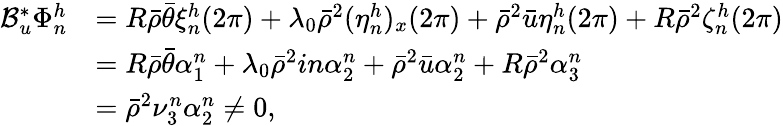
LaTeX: \begin{array}{rl}{\mathcal{B}_{u}^{*}\Phi_{n}^{h}}&{=R\bar{\rho}\bar{\theta}\xi_{n}^{h}(2\pi)+\lambda_{0}\bar{\rho}^{2}(\eta_{n}^{h})_{x}(2\pi)+\bar{\rho}^{2}\bar{u}\eta_{n}^{h}(2\pi)+R\bar{\rho}^{2}\zeta_{n}^{h}(2\pi)}\\ &{=R\bar{\rho}\bar{\theta}\alpha_{1}^{n}+\lambda_{0}\bar{\rho}^{2}in\alpha_{2}^{n}+\bar{\rho}^{2}\bar{u}\alpha_{2}^{n}+R\bar{\rho}^{2}\alpha_{3}^{n}}\\ &{=\bar{\rho}^{2}\nu_{3}^{n}\alpha_{2}^{n}\neq 0,}\end{array}